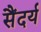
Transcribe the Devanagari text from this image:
सैंदर्य